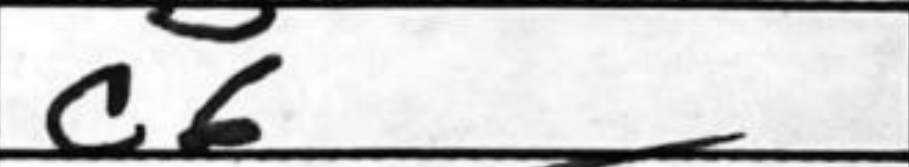
Transcription: c6